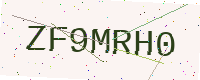
Text: ZF9MRH0